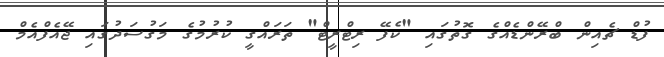
ފުޑް ޗެއިން ބްރޭންޑެއްގެ ގޮތުގައި "ކެފޭ ރިޓްރީޓް" ތަަަރައްގީ ކުރުމުގެ މަގުސަދުގައި ޖޭއެފްއެމް